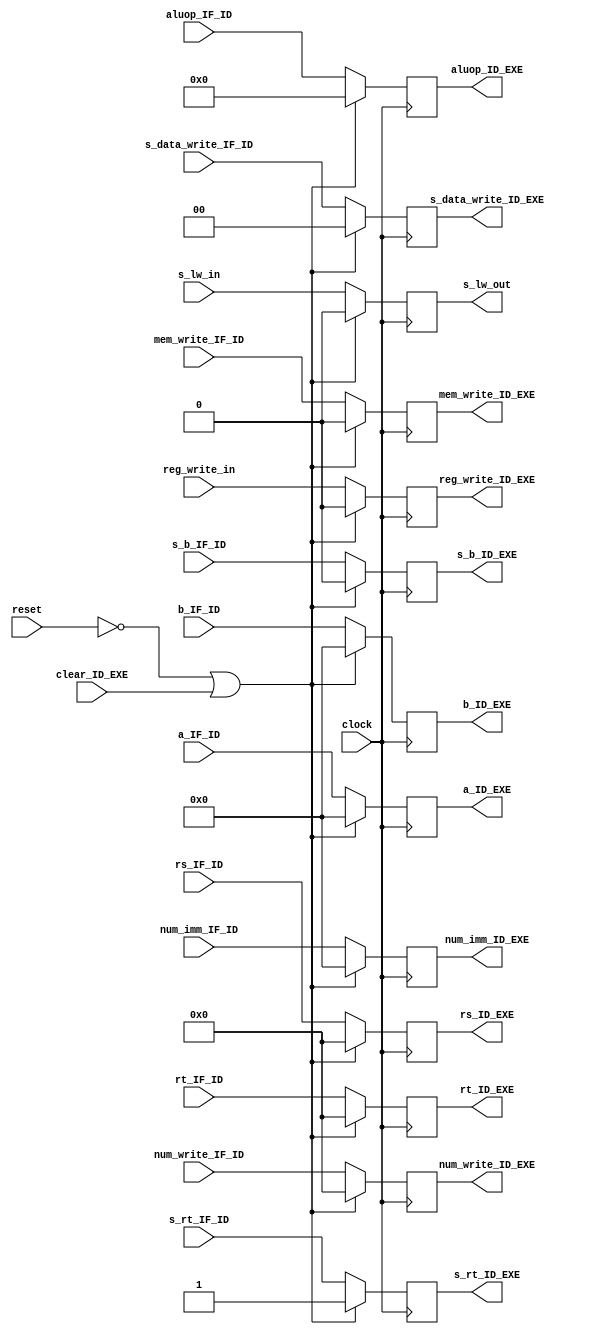
module id_exe(clock,reset,s_b_IF_ID,s_data_write_IF_ID,mem_write_IF_ID,aluop_IF_ID,a_IF_ID, b_IF_ID, num_imm_IF_ID,reg_write_in,num_write_IF_ID,
rs_IF_ID,rt_IF_ID,clear_ID_EXE,s_rt_IF_ID,s_lw_in,s_rt_ID_EXE,s_lw_out,s_b_ID_EXE,s_data_write_ID_EXE,mem_write_ID_EXE,aluop_ID_EXE,
a_ID_EXE,b_ID_EXE,num_imm_ID_EXE,rs_ID_EXE,rt_ID_EXE,reg_write_ID_EXE,num_write_ID_EXE);
				
	input clock;
	input reset;
	input s_b_IF_ID;
	input mem_write_IF_ID;
	input reg_write_in;
	input [1:0] s_data_write_IF_ID;
	input [3:0]aluop_IF_ID;
	input [31:0] a_IF_ID;
	input [31:0] b_IF_ID;
	input [31:0] num_imm_IF_ID;
	input [4:0] num_write_IF_ID;
	input [4:0] rs_IF_ID;
	input [4:0]rt_IF_ID;
	input clear_ID_EXE;
	input s_rt_IF_ID;
	input s_lw_in;

	output reg s_b_ID_EXE;
	output reg mem_write_ID_EXE;
	output reg reg_write_ID_EXE;
	output reg [1:0] s_data_write_ID_EXE;
	output reg [3:0]aluop_ID_EXE;
	output reg [31:0] a_ID_EXE;
	output reg [31:0] b_ID_EXE;
	output reg [31:0] num_imm_ID_EXE;
	output reg [4:0]num_write_ID_EXE;
	output reg [4:0]rs_ID_EXE,rt_ID_EXE;
	output reg s_rt_ID_EXE;
	output reg s_lw_out;

always @(posedge clock) 
begin
   if(reset==0 || clear_ID_EXE)
       begin 
	    s_b_ID_EXE=0;
		mem_write_ID_EXE=0;
		reg_write_ID_EXE=0;
        s_data_write_ID_EXE=0;
        aluop_ID_EXE=0;
        a_ID_EXE=0;
		b_ID_EXE=0; 
		num_imm_ID_EXE=0;
        num_write_ID_EXE=0;
		rt_ID_EXE=0;
		rs_ID_EXE=0;
		s_rt_ID_EXE=1;
		s_lw_out=0;
       end
	else
	   begin
	   s_b_ID_EXE=s_b_IF_ID;
		mem_write_ID_EXE=mem_write_IF_ID;
		reg_write_ID_EXE=reg_write_in;
        s_data_write_ID_EXE=s_data_write_IF_ID;
        aluop_ID_EXE=aluop_IF_ID;
        a_ID_EXE=a_IF_ID;
		b_ID_EXE=b_IF_ID; 
		num_imm_ID_EXE=num_imm_IF_ID;
        num_write_ID_EXE=num_write_IF_ID;
		rs_ID_EXE=rs_IF_ID;
		rt_ID_EXE=rt_IF_ID;
		s_rt_ID_EXE=s_rt_IF_ID;
		s_lw_out=s_lw_in;
	   
	   end
end

endmodule